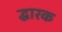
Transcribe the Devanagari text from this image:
द्धारक